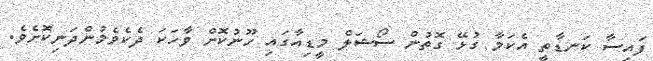
ފައިސާ ކަނޑާތީ އެކަމާ ގުޅޭ ގޮތުން ސޯޝަލް މީޑިއާގައި ހޫނުކޮށް ވާހަކަ ދެކެވެމުންދަނިކޮށެވެ.